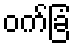
ဝက်ခြံ